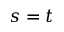
s = t